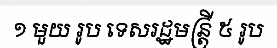
១ មួយ រូប ទេសរដ្ឋមន្ត្រី ៥ រូប